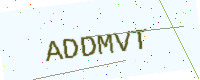
Text: ADDMVT